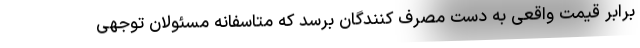
برابر قیمت واقعی به دست مصرف کنندگان برسد که متاسفانه مسئولان توجهی